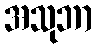
အသုဘာ